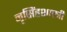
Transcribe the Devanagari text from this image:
नृसिंहशास्त्री